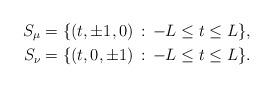
LaTeX: \begin{align*} S_\mu &= \{(t,\pm 1,0) \, :\, -L \le t \le L\}, \\ S_\nu &= \{(t,0,\pm 1) \, :\, -L \le t \le L\}. \end{align*}